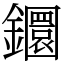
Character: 𨯬